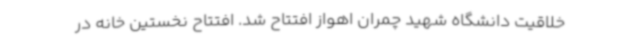
خلاقیت دانشگاه شهید چمران اهواز افتتاح شد. افتتاح نخستین خانه در